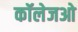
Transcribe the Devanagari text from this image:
कॉलेजओ